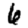
Digit: 6